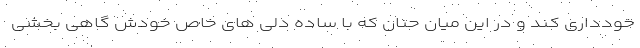
خودداری کند و در این میان حنان که با ساده دلی های خاص خودش گاهی بخشی